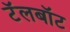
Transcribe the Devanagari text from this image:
टॅलबॉट